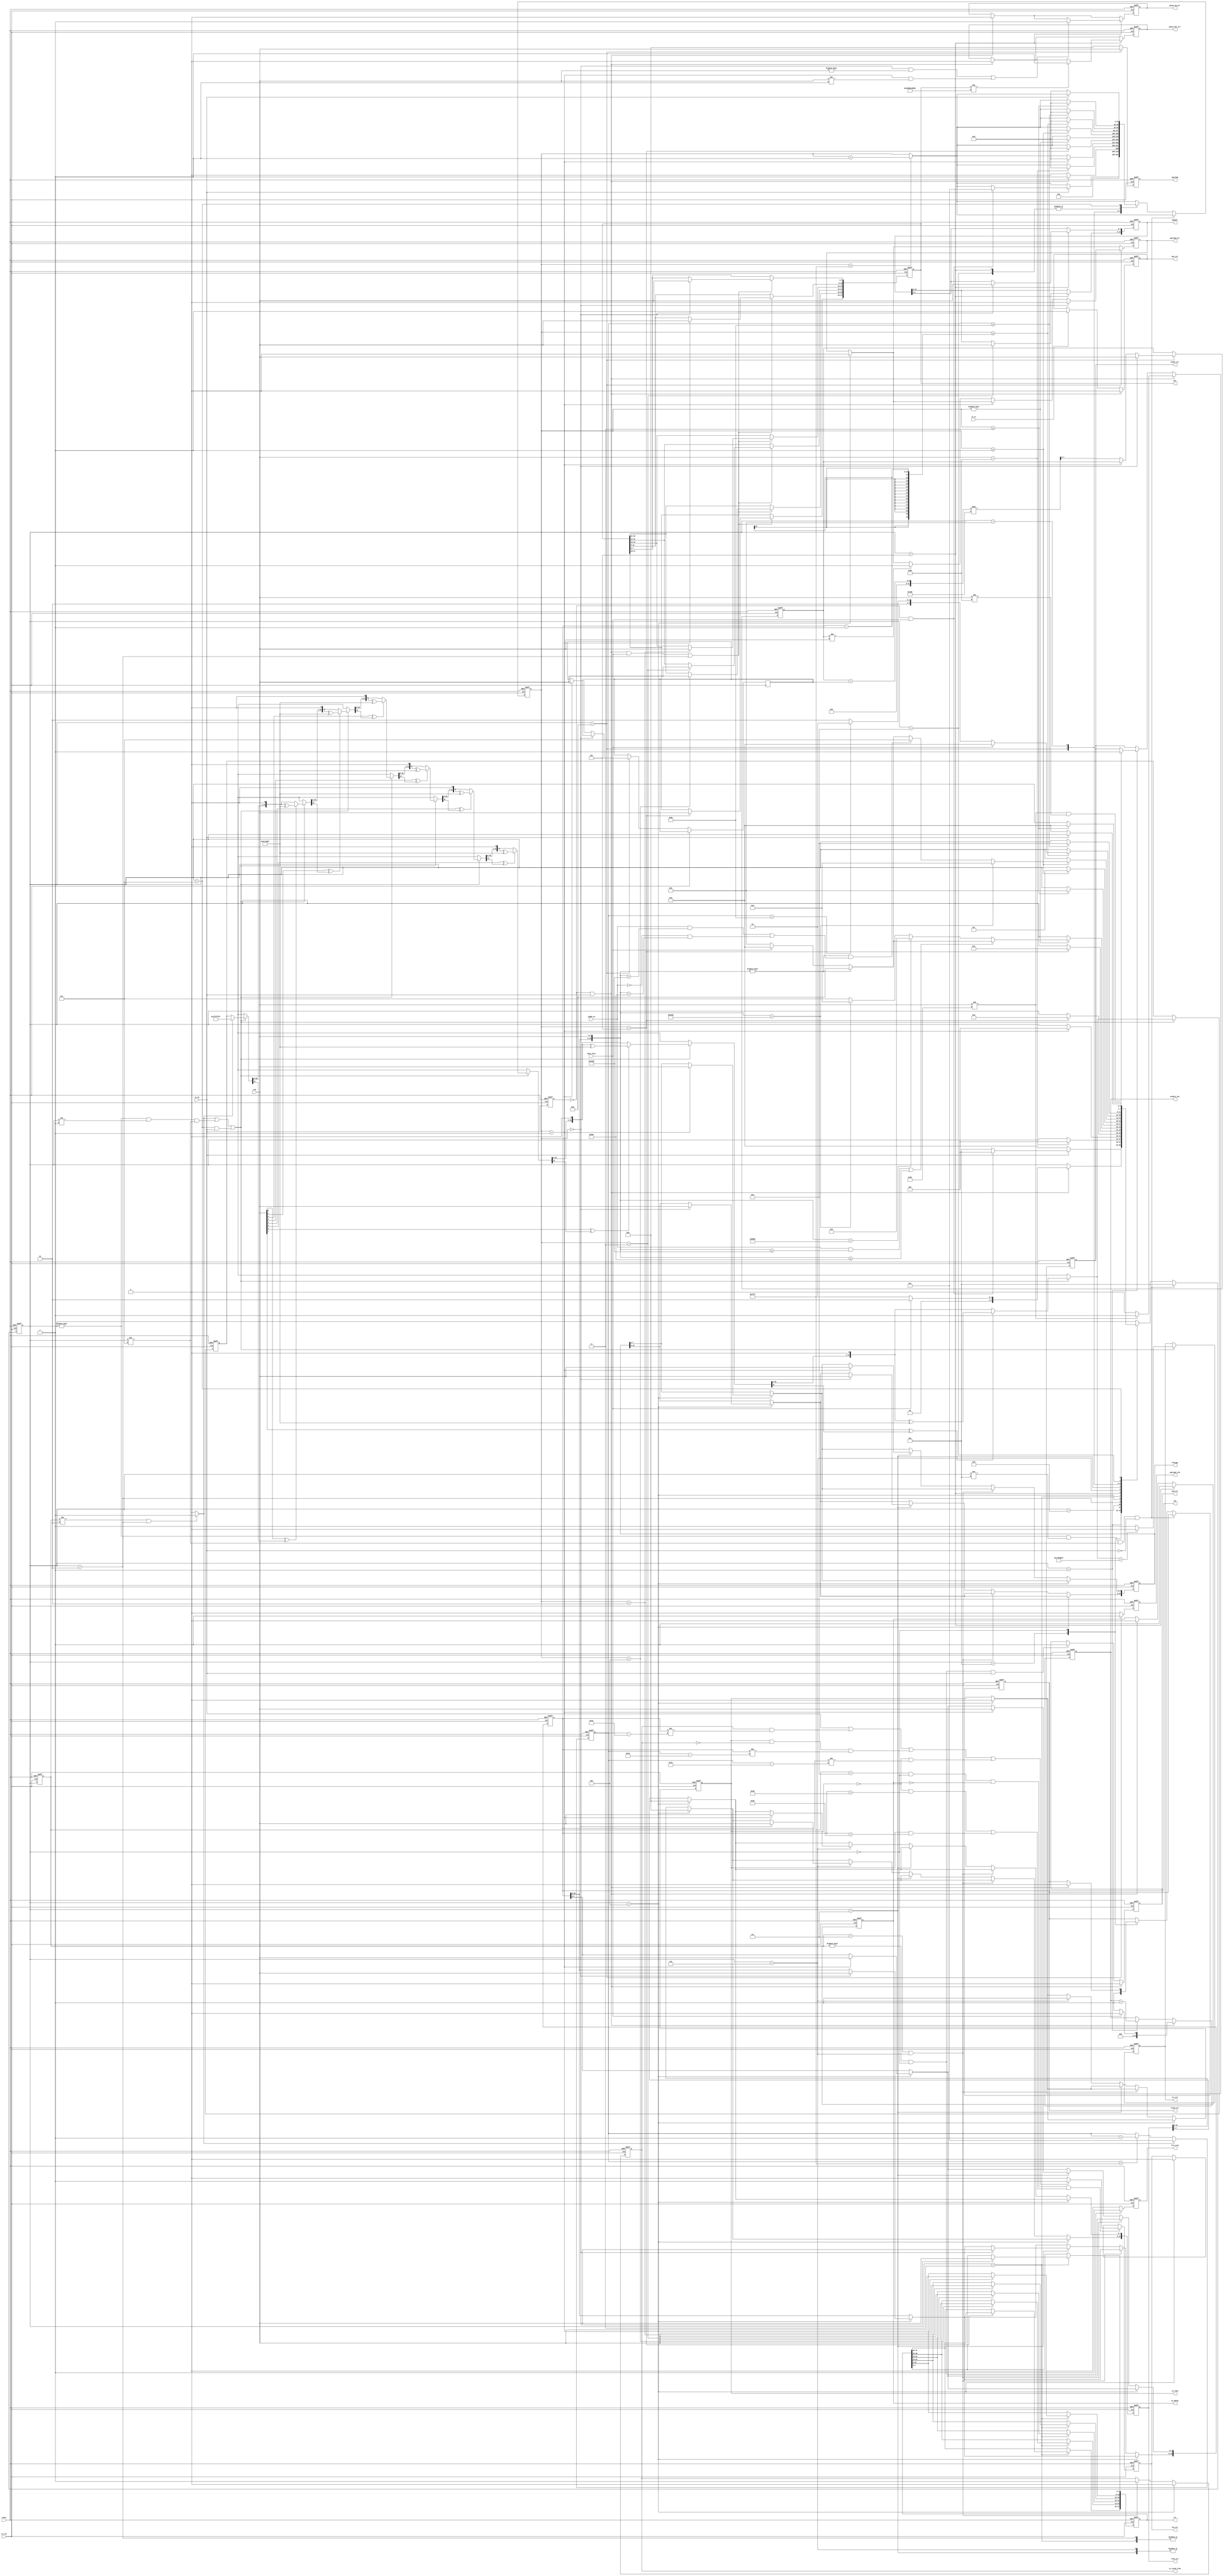
// (C) 2001-2017 Intel Corporation. All rights reserved.
// Your use of Intel Corporation's design tools, logic functions and other 
// software and tools, and its AMPP partner logic functions, and any output 
// files any of the foregoing (including device programming or simulation 
// files), and any associated documentation or information are expressly subject 
// to the terms and conditions of the Intel Program License Subscription 
// Agreement, Intel MegaCore Function License Agreement, or other applicable 
// license agreement, including, without limitation, that your use is for the 
// sole purpose of programming logic devices manufactured by Intel and sold by 
// Intel or its authorized distributors.  Please refer to the applicable 
// agreement for further details.


// -------------------------------------------------------------------------
// -------------------------------------------------------------------------
//
// Revision Control Information
//
// $RCSfile: ethmon_32.v,v $
// $Source: /ipbu/cvs/sio/projects/TriSpeedEthernet/src/testbench/models/verilog/ethernet_model/mon/ethmon_32.v,v $
//
// $Revision: #1 $
// $Date: 2016/08/07 $
// Check in by : $Author: swbranch $
//
// Project     : Triple Speed Ethernet - 10/100/1000 MAC
//
// Description : (Simulation only)
//
// Ethernet Traffic Monitor/Decoder for 32 bit MAC Atlantic client interface
// Instantiated in top_ethmonitor32 (top_ethmon32.v)
//
// 
// ALTERA Confidential and Proprietary
// Copyright 2006 (c) Altera Corporation
// All rights reserved
//
// -------------------------------------------------------------------------
// -------------------------------------------------------------------------

`timescale 1 ns / 10 ps  // timescale for following modules


module ethmonitor_32 (

   reset,
   tx_clk,
   txd,
   tx_dv,
   tx_er,
   dst,
   src,
   prmble_len,
   pquant,
   vlan_ctl,
   len,
   frmtype,
   payload,
   payload_vld,
   is_vlan,
   is_stack_vlan,
   is_pause,
   crc_err,
   prmbl_err,
   len_err,
   payload_err,
   frame_err,
   pause_op_err,
   pause_dst_err,
   mac_err,
   end_err,
   jumbo_en,
   data_only,
   frm_rcvd);
   
parameter ENABLE_SHIFT16 = 1'b 0;
   
input   reset; //  active high
input   tx_clk; 
input   [7:0] txd; 
input   tx_dv; 
input   tx_er; 
output   [47:0] dst; //  destination address
output   [47:0] src; //  source address
output   [13:0] prmble_len; //  length of preamble
output   [15:0] pquant; //  Pause Quanta value
output   [15:0] vlan_ctl; //  VLAN control info
output   [15:0] len; //  Length of payload
output   [15:0] frmtype; //  if non-null: type field instead length
output   [7:0] payload; 
output   payload_vld; 
output   is_vlan;
output   is_stack_vlan; 
output   is_pause; 
output   crc_err; 
output   prmbl_err; 
output   len_err; 
output   payload_err; 
output   frame_err; 
output   pause_op_err; 
output   pause_dst_err; 
output   mac_err; 
output   end_err; 
input   jumbo_en; 
input   data_only; 
output   frm_rcvd; 
//  GMII transmit interface: To be connected to MAC TX
wire    [47:0] dst; 
reg     [47:0] src; 
wire    [13:0] prmble_len; 
reg     [15:0] pquant; 
reg     [15:0] vlan_ctl; 
wire    [15:0] len; 
wire    [15:0] frmtype; 
reg     [7:0] payload; 
//  Indicators
reg     payload_vld; 
wire    is_vlan;
wire    is_stack_vlan;  
wire    is_pause; 
reg     crc_err; 
reg     prmbl_err; 
reg     len_err; 
reg     payload_err; 
reg     frame_err; 
reg     pause_op_err; 
reg     pause_dst_err; 
reg     mac_err; 
//  Control
reg     end_err; 
reg     frm_rcvd; 
reg     [13:0] iprmble_len; //  length of preamble
reg     [15:0] ifrmtype; 
reg     [15:0] ilen; 
reg     [47:0] idst; 
reg     iis_vlan; 
reg     iis_stack_vlan;
reg     iis_pause; 
//  internal

// TYPE state_typ:
parameter state_typ_s_idle = 0;
parameter state_typ_s_prmbl = 1;
parameter state_typ_s_dst = 2;
parameter state_typ_s_src = 3;
parameter state_typ_s_typelen = 4;
parameter state_typ_s_pause = 5;
parameter state_typ_s_tag = 6;
parameter state_typ_s_len = 7;
parameter state_typ_s_data = 8;
parameter state_typ_s_pad = 9;
parameter state_typ_s_crc = 10;
parameter state_typ_s_abort = 11;
parameter state_typ_s_utype = 12;
parameter state_typ_s_Dword32Aligned = 13;


reg     [3:0] state; 
reg     [3:0] last_state; 
reg     last_tx_dv; //  follows tx_dv with one cycle delay
reg     [31:0] crc32; 
reg     [31:0] count; 
reg     [31:0] poscnt; //  position in frame starts at first dst byte
reg     [7:0] datacnt; //  counter to verify payload
reg     [7:0] datainc; //  counter increment
wire    tx_sof; //  start of frame indicator for 1 clk cycle with 1st byte
reg     tx_dst; //  start of frame indicator for 1 clk cycle with 1st byte
//  connect permanent port signals
//  ------------------------------
reg     [31:0]  process_3_crctmp; 
reg     [3:0]  V2V_process_3_i; 
integer  process_8_ix; 
integer  process_9_ix; 
reg      process_9_ln; 
integer  process_12_ix; 
integer  process_10_ix; 
integer  process_11_hi; 
integer  process_11_lo; 
reg     [31:0]  process_11_cnttmp; 
integer  process_11_i; 
integer  process_11_flen; 

assign prmble_len = iprmble_len; 
assign frmtype = ifrmtype; 
assign len = ilen; 
assign dst = idst; 
assign is_vlan = iis_vlan;
assign is_stack_vlan = iis_stack_vlan;  
assign is_pause = iis_pause; 
//  generate tx start pulse
//  ----------------------
assign tx_sof = ~last_tx_dv & tx_dv; //  pulse with first byte 0 to 1 change
//  generate pulse start of destination address
//  --------------------
always @(last_state or state)
   begin : process_1
   if (last_state != state_typ_s_dst & state == state_typ_s_dst)
      begin
      tx_dst <= 1'b 1;  
      end
   else
      begin
      tx_dst <= 1'b 0;  
      end
   end
//  ------------------------------------------
//  capture tx_er indicator
//  ------------------------------------------
always @(posedge tx_clk or posedge reset)
   begin : process_2
   if (reset == 1'b 1)
      begin
      mac_err <= 1'b 0; 
      last_tx_dv <= 1'b 0;  
      end
   else
      begin
      if (tx_sof == 1'b 1)
         begin
         mac_err <= 1'b 0;  //  reset indicator at start of new receive
         end
      else if (tx_er == 1'b 1 )
         begin
         mac_err <= 1'b 1;  //  capture one or many
         end
      last_tx_dv <= tx_dv;  
      end
   end
//  ----------------------------------------------
//  CRC calculation over all bytes except preamble
//  ----------------------------------------------
always @(posedge tx_clk or posedge reset)
   begin : process_3
   if (reset == 1'b 1)
      begin
      crc32 <= {32{1'b 1}}; 
      crc_err <= 1'b 0; 
      end
   else
      begin
//  need it ahead
      if (tx_dst == 1'b 1 | state != state_typ_s_idle & 
    state != state_typ_s_prmbl & state != state_typ_s_utype | 
    state == state_typ_s_utype & tx_dv == 1'b 1)
         begin
//  push all inclusive CRC bytes
//  preset CRC or load current value
         if (tx_dst == 1'b 1)
            begin
//  first data, preset CRC
            process_3_crctmp = {32{1'b 1}}; 
            end
         else
            begin
            process_3_crctmp = crc32;   
            end
//  calculate next step

         for (V2V_process_3_i = 0; V2V_process_3_i <= 7; V2V_process_3_i = V2V_process_3_i + 1)
            begin
            if ((txd[V2V_process_3_i] ^ process_3_crctmp[31]) == 1'b 1)
               begin
               process_3_crctmp = (process_3_crctmp << 1);  //  shift in a 0, will be xor'ed to 1 by the polynom
               process_3_crctmp = process_3_crctmp ^ 32'h 04C11DB7; 
               end
            else
               begin
               process_3_crctmp = (process_3_crctmp << 1);  //  shift in a 0
               end
            end
//  process all bits we have here
         crc32 <= process_3_crctmp; //  remember current value
//  check if CRC is valid
         if (process_3_crctmp == 32'h C704DD7B)
            begin
            crc_err <= 1'b 0;   
            end
         else
            begin
            crc_err <= 1'b 1;   
            end
         end
      end
   end
//  ----------------------------------------------
//  Extract RX Payload on payload bus and check payload errors:
//  * first byte is counter initialization
//  * second byte is counter increment
//  * data begins from 3rd byte on 
//  ----------------------------------------------
always @(posedge tx_clk or posedge reset)
   begin : process_4
   if (reset == 1'b 1)
      begin
      payload <= {8{1'b 0}};    
      payload_vld <= 1'b 0; 
      payload_err <= 1'b 0; 
      datacnt <= 0; 
      end
   else
      begin
      if (state == state_typ_s_typelen)
         begin
         payload_err <= 1'b 0;  //  reset as a frame of length 0 will not get into S_DATA.
         end
      if (state == state_typ_s_data)
         begin
         payload <= txd;    
         payload_vld <= 1'b 1;  
         if (count == 0)
            begin
            datacnt <= ({1'b 0, txd});  //  load counter
            payload_err <= 1'b 0;   
            end
         else if (count == 1 )
            begin
            datainc <= ({1'b 0, txd});  //  load increment
//  verify payload contents
            end
         else
            begin
            datacnt <= (datacnt + datainc) % 256;   
            if (datacnt != ({1'b 0, txd}))
               begin
               payload_err <= 1'b 1;    
               end
            end
         end
      else
         begin
         payload <= {8{1'b 0}}; 
         payload_vld <= 1'b 0;  
         end
      end
   end
//  ----------------------------------------------
//  Position Counter: Starts with first octet of destination address
//  ----------------------------------------------
always @(posedge tx_clk or posedge reset)
   begin : process_5
   if (reset == 1'b 1)
      begin
      poscnt <= 0;  
      end
   else
      begin
      if (tx_dst == 1'b 1)
         begin
//  reset at start of DST 
         poscnt <= 1;   
         end
      else
         begin
         if (poscnt < 65535)
            begin
            poscnt <= poscnt + 1'b 1;   
            end
         end
      end
   end
//  ----------------------------------------------
//  End of Frame:
//  change from non-idle to idle indicates something was received
//  if dv is still asserted this is an end error
//  ----------------------------------------------
always @(posedge tx_clk or posedge reset)
   begin : process_6
   if (reset == 1'b 1)
      begin
      frm_rcvd <= 1'b 0;    
      end_err <= 1'b 0; 
      end
   else
      begin
      if (last_state != state_typ_s_idle & state == state_typ_s_idle)
         begin
         frm_rcvd <= 1'b 1; 
         end
      else
         begin
         frm_rcvd <= 1'b 0; 
         end
      if (tx_sof == 1'b 1)
         begin
         end_err <= 1'b 0;  
         end
      else if (last_state != state_typ_s_idle & state == state_typ_s_idle & 
    tx_dv == 1'b 1 )
         begin
         end_err <= 1'b 1;  //  dv still asserted even after nothing more expected
         end
      end
   end
//  ----------------------------------------------
//  Preamble check
//  ----------------------------------------------
always @(posedge tx_clk or posedge reset)
   begin : process_7
   if (reset == 1'b 1)
      begin
      prmbl_err <= 1'b 0;   
      iprmble_len <= 0; 
      end
   else
      begin
      if (tx_sof == 1'b 1)
         begin
         if (txd != 8'h 55)
            begin
            prmbl_err <= 1'b 1; 
            end
         else
            begin
            prmbl_err <= 1'b 0; //  reset usually
            end
         if (data_only == 1'b 1)
            begin
            iprmble_len <= 0;   
            end
         else
            begin
            iprmble_len <= 1;   
            end
         end
      else if (state == state_typ_s_prmbl )
         begin
         if (txd != 8'h 55 & txd != 8'h D5)
            begin
            prmbl_err <= 1'b 1; 
            end
         iprmble_len <= iprmble_len + 1'b 1;    
         end
      end
   end
//  ----------------------------------------------
//  Extract Source and Destination addresses
//  ----------------------------------------------
always @(posedge tx_clk or posedge reset)
   begin : process_8
   if (reset == 1'b 1)
      begin
      idst <= {48{1'b 0}};  
      src <= {48{1'b 0}};   
      end
   else
      begin
      process_8_ix = count * 8; 

      if (tx_sof == 1'b 1 & data_only == 1'b 1 & state == state_typ_s_Dword32Aligned & ENABLE_SHIFT16 == 1'b1)
         begin
             case (count)
             1'b 0 : ;
             1'b 1 : ;
             default:;
             endcase         
          end
      if (tx_sof == 1'b 0 & data_only == 1'b 1 & ENABLE_SHIFT16 == 1'b1 & state == state_typ_s_dst)
         begin
         case (count)
         1'b 0:
            begin
            idst[7:0] <= txd[7:0];  
            end
         1'b 1:
            begin
            idst[15:8] <= txd[7:0]; 
            end
         2'b 10:
            begin
            idst[23:16] <= txd[7:0];    
            end
         2'b 11:
            begin
            idst[31:24] <= txd[7:0];    
            end
         3'b 100:
            begin
            idst[39:32] <= txd[7:0];    
            end
         3'b 101:
            begin
            idst[47:40] <= txd[7:0];    
            end
         default:
            ;
         endcase         end
 
 
      if (tx_sof == 1'b 1 & data_only == 1'b 1 & ENABLE_SHIFT16 == 1'b0 | state == state_typ_s_dst)
         begin
         case (count)
         1'b 0:
            begin
            idst[7:0] <= txd[7:0];  
            end
         1'b 1:
            begin
            idst[15:8] <= txd[7:0]; 
            end
         2'b 10:
            begin
            idst[23:16] <= txd[7:0];    
            end
         2'b 11:
            begin
            idst[31:24] <= txd[7:0];    
            end
         3'b 100:
            begin
            idst[39:32] <= txd[7:0];    
            end
         3'b 101:
            begin
            idst[47:40] <= txd[7:0];    
            end
         default:
            ;
         endcase         end
      if (state == state_typ_s_src)
         begin
        case (count)
         1'b 0:
            begin
            src[7:0] <= txd[7:0];   
            end
         1'b 1:
            begin
            src[15:8] <= txd[7:0];  
            end
         2'b 10:
            begin
            src[23:16] <= txd[7:0]; 
            end
         2'b 11:
            begin
            src[31:24] <= txd[7:0]; 
            end
         3'b 100:
            begin
            src[39:32] <= txd[7:0]; 
            end
         3'b 101:
            begin
            src[47:40] <= txd[7:0]; 
            end
         default:
         ;
         endcase         
       end      
      end
   end

//  ----------------------------------------------
//  Extract Length/Type field and VLAN Tag identifier
//  ----------------------------------------------

always @(posedge tx_clk or posedge reset)
   begin : process_12
   if (reset == 1'b 1)
      begin
      ilen <= {16{1'b 0}};  
      ifrmtype <= {16{1'b 0}};  
      vlan_ctl <= {16{1'b 0}};  
      iis_vlan <= 1'b 0;    
      len_err <= 1'b 0; 
      iis_stack_vlan <= 1'b0;
      end
   else
      begin
      process_12_ix = 4'b 1000 - count * 8; 
// if( tx_sof_d = '1' ) then              -- clear all on start of every frame
// 
//     ilen     <= (others => '0');
//     ifrmtype <= (others => '0');
//     vlan_ctl <= (others => '0');
//     iis_vlan  <= '0';
//     
// end if;
      if (state == state_typ_s_typelen)
         begin
//  if in type/len set both
        case (count)
         1'b 0:
            begin
            ifrmtype[15:8] <= txd;  
            ilen[15:8] <= txd;  
            end
         1'b 1:
            begin
            ifrmtype[7:0] <= txd;   
            ilen[7:0] <= txd;   
            end
         default:
            ;
         endcase                
         vlan_ctl <= {16{1'b 0}};   //  clear at start of new frame (at SOF it is too early)
         iis_vlan <= 1'b 0; 
         len_err <= 1'b 0;  
         end
         
         if(state==state_typ_s_typelen)
         begin
            
                iis_stack_vlan <= 1'b0 ;
         
         end 
         else if (last_state == state_typ_s_len & state == state_typ_s_tag)
         begin
            
                iis_stack_vlan <= 1'b1 ;
                
         end
         
      else if (state == state_typ_s_len )
         begin
//  in len again, set len independently
         case (count)
         1'b 0:
            begin
            ifrmtype[15:8] <= txd;  
            ilen[15:8] <= txd;  
            end
         1'b 1:
            begin
            ifrmtype[7:0] <= txd;   
            ilen[7:0] <= txd;   
            end
         default:
            ;
         endcase    
         end
      else if (state == state_typ_s_tag )
         begin
         iis_vlan <= 1'b 1; 
        case (count)
         1'b 0:
            begin
            vlan_ctl[15:8] <= txd;  // ilen(ix+7 downto ix)     <= txd;
            end
         1'b 1:
            begin
            vlan_ctl[7:0] <= txd;   
            end
         default:
            ;
         endcase         end
//  verify length at end of frame for normal frames (length 46... max and not a type)
      if (last_state == state_typ_s_crc & state == state_typ_s_idle & 
    iis_pause == 1'b 0 & (iis_vlan == 1'b 0 & 
    ilen > 45 | iis_vlan == 1'b 1 & 
    ilen > 41))
         begin
//  verify integrity of length field 
         if (tx_dv == 1'b 1 | 
             iis_stack_vlan == 1'b 1 & ilen != poscnt - 5'b 11010 |
             (iis_vlan == 1'b 1 & iis_stack_vlan == 1'b 0) & ilen != poscnt - 5'b 10110 | 
             iis_vlan == 1'b 0 & ilen != poscnt - 5'b 10010)
            begin
            len_err <= 1'b 1;   
            end
         else
            begin
            len_err <= 1'b 0;   
            end
         end
      end
   end
//  ----------------------------------------------
//  Extract Pause frame indication,
//                opcode error,
//                destination address error,
//                and Pause Quanta
//  ----------------------------------------------
always @(posedge tx_clk or posedge reset)
   begin : process_13
   if (reset == 1'b 1)
      begin
      pquant <= {16{1'b 0}};    
      iis_pause <= 1'b 0;   
      pause_op_err <= 1'b 0;    
      pause_dst_err <= 1'b 0;   
      end
   else
      begin
      if (tx_sof == 1'b 1)
         begin
         iis_pause <= 1'b 0;    //  clear at start of frame
         pause_op_err <= 1'b 0; 
         pause_dst_err <= 1'b 0;    
         end
      if (state == state_typ_s_pause)
         begin
         iis_pause <= 1'b 1;    
         //if (count >= 2)
            //begin
//  pick octets after opcode
        case (count)
            2'b 11:
               begin
               pquant[15:8] <= txd; 
               end
            1'b 0:
               begin
               pquant[7:0] <= txd;  
               end
            default:
               ;
            endcase            
            //end
        if (count == 0 & txd != 8'h 00 | 
    count == 1 & txd != 8'h 01 )
            begin
            pause_op_err <= 1'b 1;  
            end
         if (idst != 48'h 010000c28001)
            begin
//  01-80-c2-00-00-01 is standard !
            pause_dst_err <= 1'b 1; 
            end
         end
      end
   end
//  ----------------------------------------------
//  Monitor State Machine
//  ----------------------------------------------
always @(posedge tx_clk or posedge reset)
   begin : process_11
   if (reset == 1'b 1)
      begin
      state <= state_typ_s_idle;    
      last_state <= state_typ_s_idle;   
      count <= 0;   
      frame_err <= 1'b 0;   //  state machine abort indicator
      end
   else
      begin
//  remember last state and increment internal counter
      last_state <= state;  
      if (count < 65535)
         begin
         process_11_cnttmp = count + 1'b 1; 
         end
      else
         begin
         process_11_cnttmp = count; 
         end
//  Abort detection: If enable goes low in middle of frame
      if (state != state_typ_s_idle & state != state_typ_s_abort & 
    state != state_typ_s_utype & tx_dv == 1'b 0)
         begin
         state <= state_typ_s_abort;    
         end
      else
         begin
         case (state)
         state_typ_s_abort:
            begin
            if (tx_dv == 1'b 1)
               begin
               if (last_tx_dv == 1'b 0 & data_only == 1'b 1)
                  begin
//  only 1 clock cycle inbetween
                  if (ENABLE_SHIFT16 == 1'b0)
                  state <= state_typ_s_dst; 
                  else
                    state <= state_typ_s_Dword32Aligned;    

                  process_11_cnttmp = 1'b 1;    
                  frame_err <= 1'b 0;   
                  end
               else
                  begin
                  state <= state_typ_s_abort;   //  wait til tx stops transmission
                  end
               end
            else
               begin
               state <= state_typ_s_idle;   
               end
            frame_err <= 1'b 1; 
            end
         state_typ_s_idle:
            begin
            if (tx_sof == 1'b 1)
               begin
//  we miss the very first !
               process_11_cnttmp = 1'b 1;   //  therefore need to count to 1 immediately
               frame_err <= 1'b 0;  
               if (data_only == 1'b 1)
                  begin
//  no preamble checking ?
                  if (ENABLE_SHIFT16 == 1'b0)
                  state <= state_typ_s_dst; 
                  else
                    state <= state_typ_s_Dword32Aligned;    
                  end
               else
                  begin
                  state <= state_typ_s_prmbl;   
                  end
               end
            else
               begin
               process_11_cnttmp = 1'b 0;   //  keep it to zero always 
               end
            end
         state_typ_s_prmbl:
            begin
            if (txd == 8'h D5)
               begin
               state <= state_typ_s_dst;    
               process_11_cnttmp = 1'b 0;   
               end
            end

         state_typ_s_Dword32Aligned:
           begin
           if (count == 1)
              begin
              state <= state_typ_s_dst;   
              process_11_cnttmp = 1'b 0;  
              end
           end

         state_typ_s_dst:
            begin
            if (count == 5)
               begin
               state <= state_typ_s_src;    
               process_11_cnttmp = 1'b 0;   
               end
            end
         state_typ_s_src:
            begin
            if (count == 5)
               begin
               state <= state_typ_s_typelen;    
               process_11_cnttmp = 1'b 0;   
               end
            end
         state_typ_s_typelen:
            begin
            if (count != 0)
               begin
//  second half of 2-octet field
               process_11_cnttmp = 1'b 0;   
               process_11_flen = ({1'b 0, ilen[15:8], txd});    //  need it NOW
               if (jumbo_en == 1'b 1 & process_11_flen <= 9000 | 
    process_11_flen <= 1500)
                  begin
//  ok normal user frame. check if data or 0 length
                  if (process_11_flen != 0)
                     begin
                     state <= state_typ_s_data; 
//  no data, PAD or finished
                     end
                  else
                     begin
                     if (data_only == 1'b 1)
                        begin
                        state <= state_typ_s_idle;  //  Ok, we are done dont expect anything more
                        end
                     else
                        begin
                        state <= state_typ_s_pad;   //  zero-length frame needs padding
                        end
                     end
//  not normal frame
                  end
               else
                  begin
                  if (process_11_flen == 16'h 8808)
                     begin
                     state <= state_typ_s_pause;    
                     end
                  else if (process_11_flen == 16'h 8100 )
                     begin
                     state <= state_typ_s_tag;  
                     end
                  else
                     begin
                     state <= state_typ_s_utype;    //  S_ABORT;    -- unknown type
                     end
                  end
               end
            end
         state_typ_s_pause:
            begin
            if (count >= 3)
               begin
//  need to overread opcode
               state <= state_typ_s_pad;    
               process_11_cnttmp = 1'b 0;   
               end
            end
         state_typ_s_tag:
            begin
            if (count >= 1)
               begin
               state <= state_typ_s_len;    
               process_11_cnttmp = 1'b 0;   
               end
            end
         state_typ_s_len:
            begin
            if (count >= 1)
               begin
//  Length after VLAN TAG
               process_11_cnttmp = 1'b 0;   
               process_11_flen = ({1'b 0, ilen[15:8], txd});    //  need it NOW
               
               if ( process_11_flen == 16'h8100)
               begin
                                    
                state <= state_typ_s_tag;
               
               end               
               else if (process_11_flen != 0 & (jumbo_en == 1'b 1 & 
    process_11_flen > 9000 | jumbo_en == 1'b 0 & 
    process_11_flen > 1500))
                  begin
                  state <= state_typ_s_utype;   
                  end
               else if (process_11_flen != 0 )
                  begin
                  state <= state_typ_s_data;    
//  no data, PAD or finished
                  end
               else
                  begin
                  if (data_only == 1'b 1)
                     begin
                     state <= state_typ_s_idle; //  Ok, we are done dont expect CRC
                     end
                  else
                     begin
                     state <= state_typ_s_pad;  
                     end
                  end
               end
            end
         state_typ_s_data:
            begin
            if (count >= ilen - 1'b 1)
               begin
               process_11_cnttmp = 1'b 0;   
               if (data_only == 1'b 1)
                  begin
//  no PAD and no CRC ?
                  state <= state_typ_s_idle;    
                  end
               else if (poscnt < 6'b 111100 - 1'b 1 )
                  begin
//  expect padding ?
                  state <= state_typ_s_pad; 
                  end
               else
                  begin
                  state <= state_typ_s_crc; 
                  end
               end
            end
         state_typ_s_pad:
            begin
            if (poscnt >= 6'b 111100 - 1'b 1)
               begin
               state <= state_typ_s_crc;    
               process_11_cnttmp = 1'b 0;   
               end
            end
         state_typ_s_crc:
            begin
            if (count >= 3)
               begin
               state <= state_typ_s_idle;   
               process_11_cnttmp = 1'b 0;   
               end
            end
         state_typ_s_utype:
            begin
            if (tx_dv == 1'b 0)
               begin
//  unknown type... wait for end of frame
               state <= state_typ_s_idle;   
               process_11_cnttmp = 1'b 0;   
               end
            end
         endcase
         end
//  abort                    
//  load the counter with the new value                   
      count <= process_11_cnttmp;   
      end
   end

//  port signals internally reused

endmodule // module ethmonitor_32